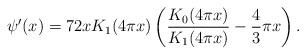
LaTeX: \begin{align*} \psi'(x) = 72 x K_{1}(4 \pi x) \left(\frac{K_{0}(4 \pi x)}{K_{1}(4 \pi x)} - \frac{4}{3} \pi x\right).\end{align*}